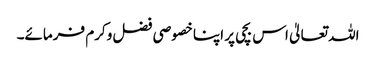
اللہ تعالیٰ اس بچی پر اپنا خصوصی فضل وکرم فرمائے۔